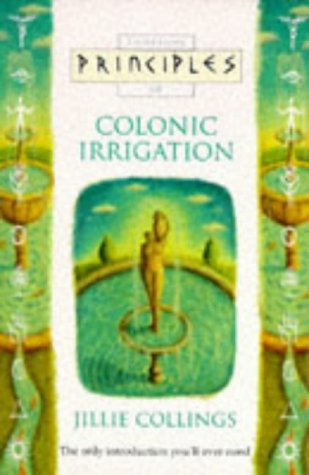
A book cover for Principles of Colonic Irrigation: The Only Introduction You'll Ever Need; Jillie Collings; Science & Math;